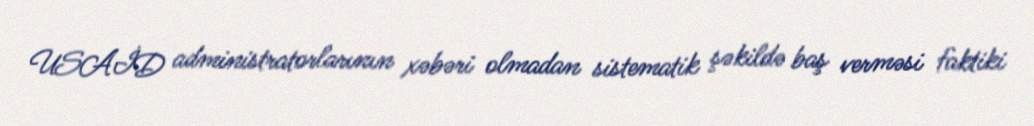
USAİD administratorlarının xəbəri olmadan sistematik şəkildə baş verməsi faktiki